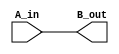
// Andrew Doucet
// Spencer Dugas

// MOV operatoin
module MOV (A_in, B_out);

    // I/O
    input [15:0] A_in;
    output [15:0] B_out;

    // Moves A to B
    assign B_out = A_in;
    
endmodule